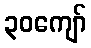
၃၀ကျော်